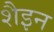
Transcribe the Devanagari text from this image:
शैइन